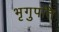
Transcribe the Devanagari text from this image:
भृगुपति